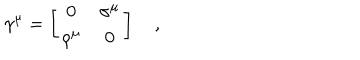
LaTeX: \gamma ^ { \mu } = \left[ \begin{array} { c c } { { 0 } } & { { \sigma ^ { \mu } } } \\ { { \rho ^ { \mu } } } & { { 0 } } \\ \end{array} \right] \quad ,